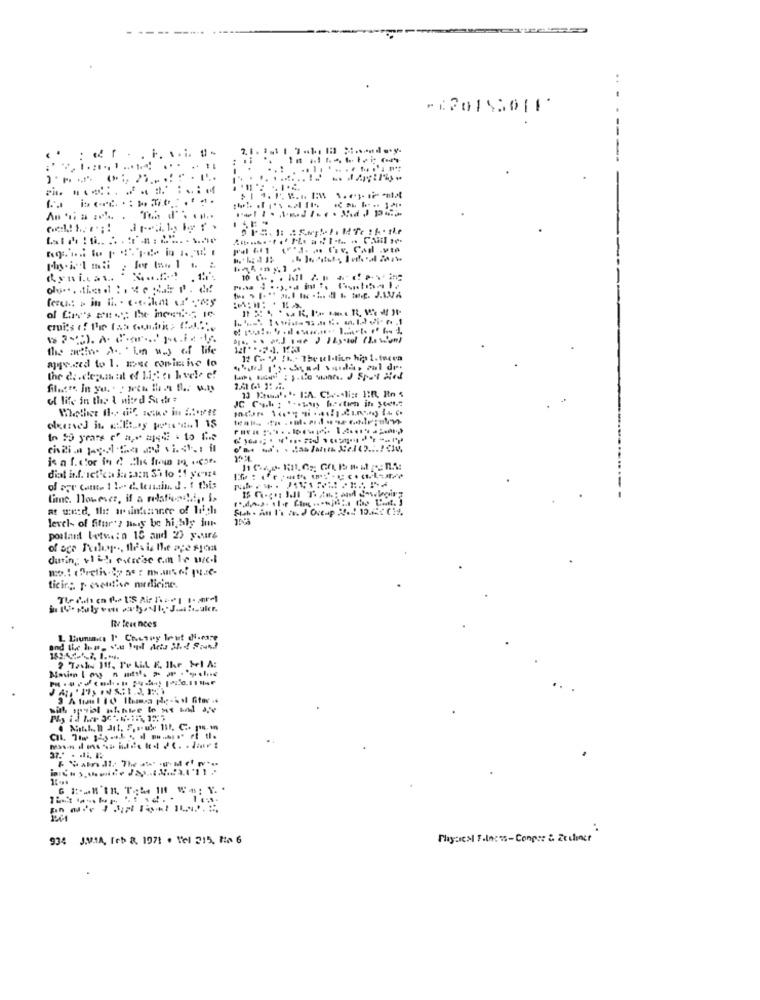
...
..... .......!.
the actin. A .. ' Li way of life
12 Go " !b. The ul-line hip 1.ingen
the dedepun al of 12: o hvele e!
of life in the I nited Sier:
diat inf. netica je zazn $'ito :1 yen
of apr com. 1 !. d. lenain. J. f this
time. However, if a relatie !i, i>
level- of fitur's hely be highly imr-
of age Podley .., fles is the ace sjoa
during with exercise en lo acl
ticing p eventise medicine.
Re leve nces
2 Tashe 11f, Pe Li E. Ihr Hel A:
934 J.MIA, feb 8, 1971 . Vel 215, Ha 6